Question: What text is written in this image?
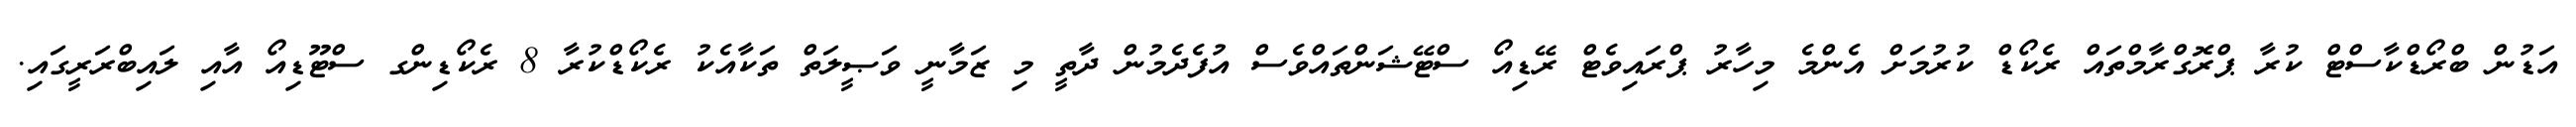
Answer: އަޑުން ބްރޯޑްކާސްޓް ކުރާ ޕްރޮގްރާމްތައް ރެކޯޑް ކުރުމަށް އެންމެ މިހާރު ޕްރައިވެޓް ރޭޑިއޯ ސްޓޭޝަންތައްވެސް އުފެދެމުން ދާތީ މި ޒަމާނީ ވަޞީލަތް ތަކާއެކު ރެކޯޑްކުރާ 8 ރެކޯޑިންގ ސްޓޫޑިއޯ އާއި ލައިބްރަރީގައި.